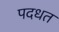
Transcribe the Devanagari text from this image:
पदधत